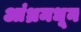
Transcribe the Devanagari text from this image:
आंध्रमधून